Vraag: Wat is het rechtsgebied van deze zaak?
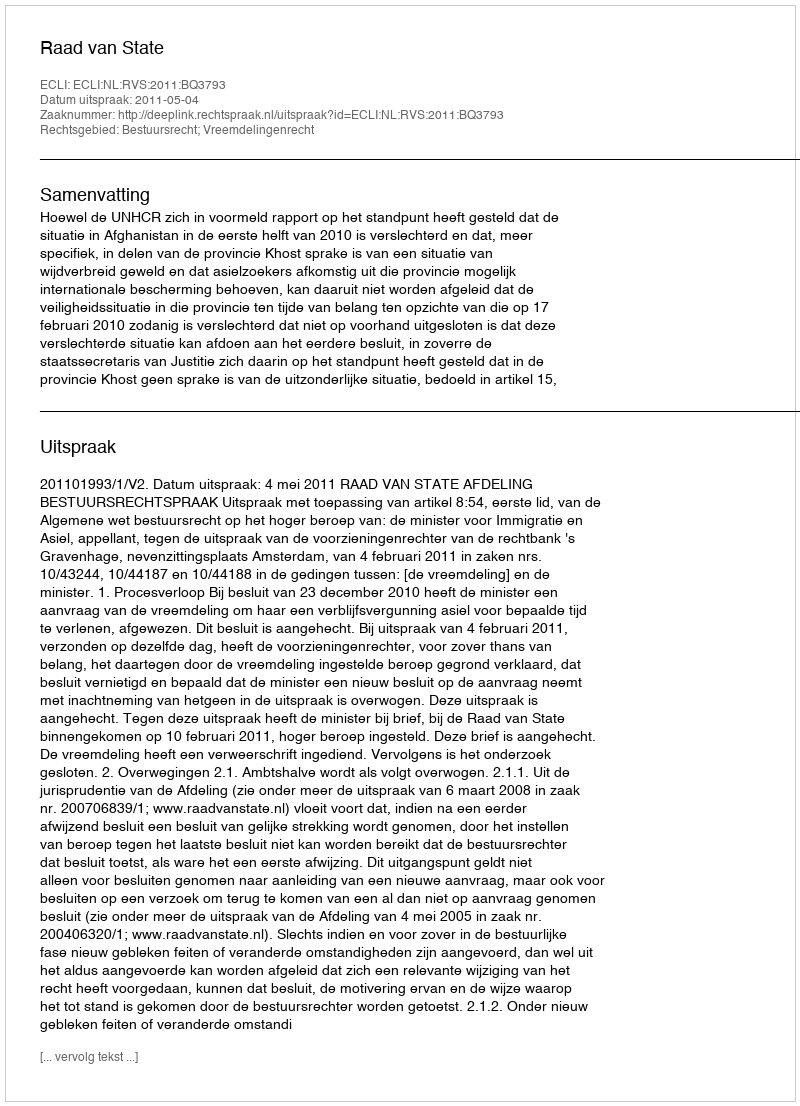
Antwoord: Bestuursrecht; Vreemdelingenrecht